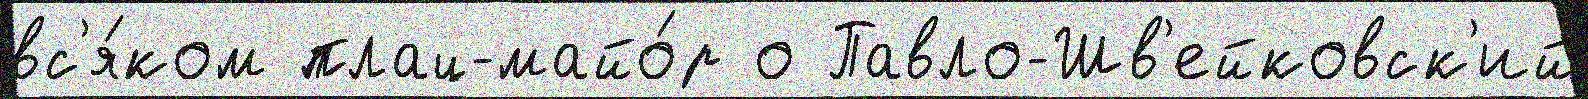
вс'я́ком плац-майо́р о Павло-Шв'ейковск'ий